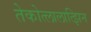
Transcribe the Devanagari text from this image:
तेकोत्लालात्झिन